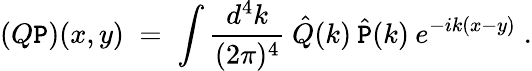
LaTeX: (Q\mathtt{P})(x,y)\; =\; \int\frac{{d^{4}k}}{{(2\pi)^{4}}}\: \hat{{Q}}(k)\: \hat{{\mathtt{P}}}(k)\: e^{-ik(x-y)}\; .